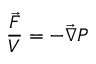
{ \frac { \vec { F } } { V } } = - { \vec { \nabla } } P